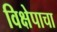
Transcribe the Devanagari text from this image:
विक्षेपाचा